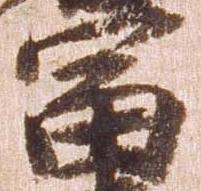
富